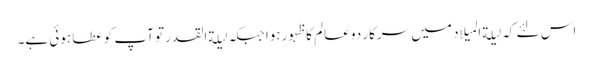
اس لئے کہ لیلةالمیلاد میں سرکار دو عالم کا ظہورہوا جبکہ لیلةالقدرتو آپ کو عطا ہوئی ہے۔